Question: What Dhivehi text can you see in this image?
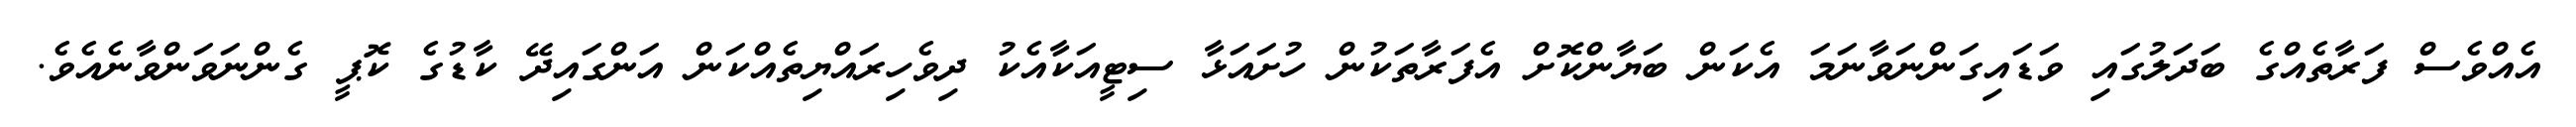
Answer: އެއްވެސް ފަރާތެއްގެ ބަދަލުގައި ވަޑައިގަންނަވާނަމަ އެކަން ބަޔާންކޮށް އެފަރާތަކުން ހުށައަޅާ ސިޓީއަކާއެކު ދިވެހިރައްޔިތެއްކަން އަންގައިދޭ ކާޑުގެ ކޮޕީ ގެންނަވަންވާނެއެވެ.